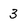
Character: 3